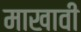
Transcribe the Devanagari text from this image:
माखावी